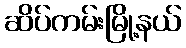
ဆိပ်ကမ်းမြို့နယ်